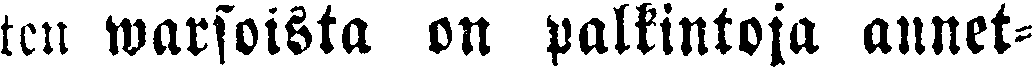
ten warsoista on palkintoja annet-